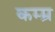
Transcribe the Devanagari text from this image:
कम्म्र